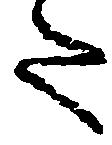
た